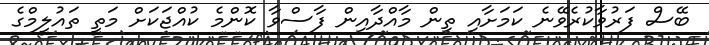
ބޭސް ފަރުވާކުރެވޭނެ ކަމަށާއި ތިން މާއްދާއިން ފާސްވާ ކޮންމެ ކުއްޖަކަށް މަތީ ތައުލީމްގެ